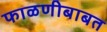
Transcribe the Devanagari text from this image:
फाळणीबाबत